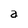
Character: a